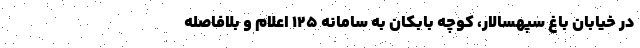
در خیابان باغ سپهسالار، کوچه بابکان به سامانه ١٢۵ اعلام و بلافاصله